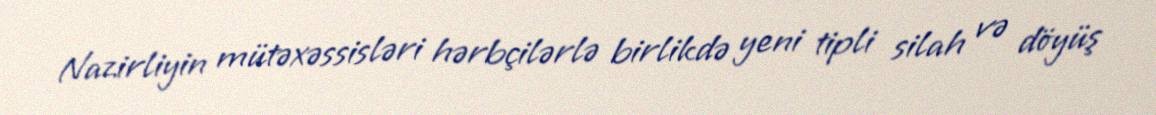
Nazirliyin mütəxəssisləri hərbçilərlə birlikdə yeni tipli silah və döyüş